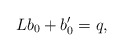
\begin{align*}Lb_{0}+b_{0}^{\prime}=q, \end{align*}